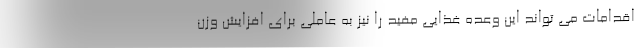
اقدامات می تواند این وعده غذایی مفید را نیز به عاملی برای افزایش وزن